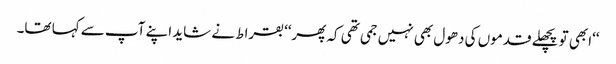
‘‘ابھی تو پچھلے قدموں کی دھول بھی نہیں جمی تھی کہ پھر‘‘ بقراط نے شاید اپنے آپ سے کہا تھا۔